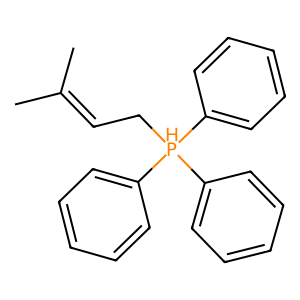
SMILES: CC(C)=CC[PH](c1ccccc1)(c1ccccc1)c1ccccc1
Inhibits HIV replication: No